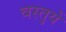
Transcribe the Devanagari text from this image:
वस्‍तुयें